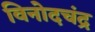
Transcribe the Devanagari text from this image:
विनोदचंद्र